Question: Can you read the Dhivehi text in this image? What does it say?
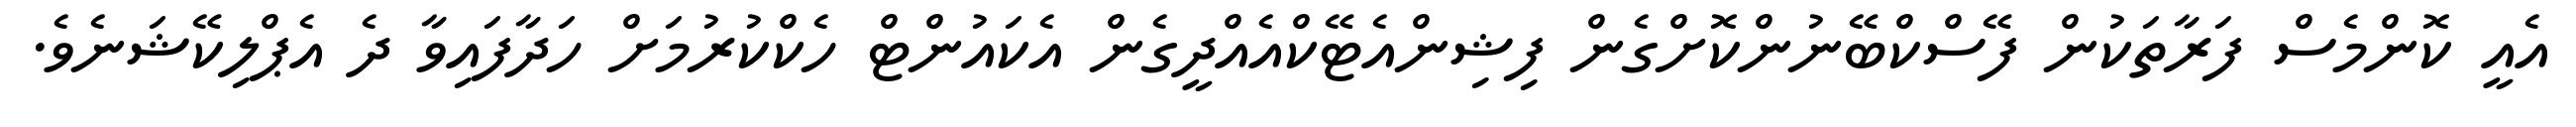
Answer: އެއީ ކޮންމެސް ފަރާތަކުން ފޭސްކްބޭނުންކޮށްގެން ފިޝިންއެޓޭކްއެއްދީގެން އެކައުންޓް ހެކްކުރުމަށް ހަދާފައިވާ ދެ އެޕްލިކޭޝަނެވެ.